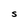
Character: S